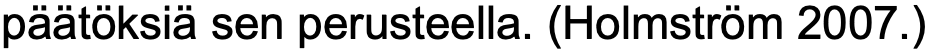
päätöksiä sen perusteella. (Holmström 2007.)